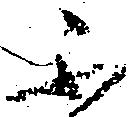
不